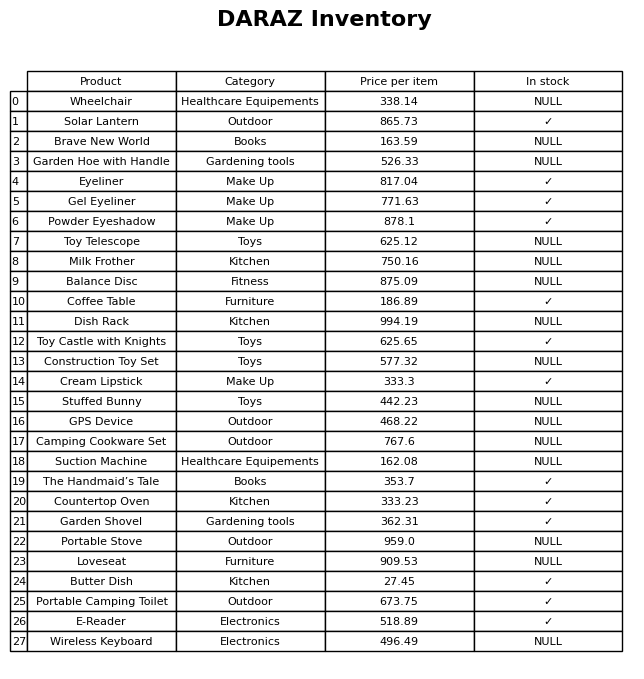
question: What is the price of the E-Reader?
answer: The price of E-Reader is 518.89.